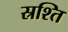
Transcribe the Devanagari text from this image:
स्रश्ति